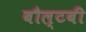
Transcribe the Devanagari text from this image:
बौल्टबी